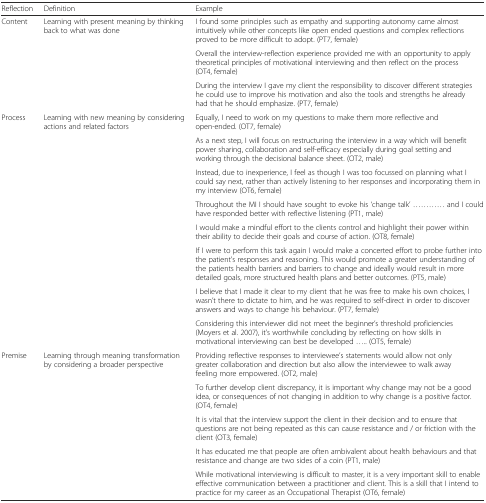
| Reflection | Definition | Example |
 | --- | --- | --- |
 | <ROWSPAN=3> Content | <ROWSPAN=3> Learning with present meaning by thinking back to what was done | I found some principles such as empathy and supporting autonomy came almost intuitively while other concepts like open ended questions and complex reflections proved to be more difficult to adopt. (PT7, female) |
 | Overall the interview-reflection experience provided me with an opportunity to apply theoretical principles of motivational interviewing and then reflect on the process (OT4, female) |
 | During the interview I gave my client the responsibility to discover different strategies he could use to improve his motivation and also the tools and strengths he already had that he should emphasize. (PT7, female) |
 | <ROWSPAN=8> Process | <ROWSPAN=8> Learning with new meaning by considering actions and related factors | Equally, I need to work on my questions to make them more reflective and open-ended. (OT7, female) |
 | As a next step, I will focus on restructuring the interview in a way which will benefit power sharing, collaboration and self-efficacy especially during goal setting and working through the decisional balance sheet. (OT2, male) |
 | Instead, due to inexperience, I feel as though I was too focussed on planning what I could say next, rather than actively listening to her responses and incorporating them in my interview (OT6, female) |
 | Throughout the MI I should have sought to evoke his ‘change talk’ ............ and I could have responded better with reflective listening (PT1, male) |
 | I would make a mindful effort to the clients control and highlight their power within their ability to decide their goals and course of action. (OT8, female) |
 | If I were to perform this task again I would make a concerted effort to probe further into the patient’s responses and reasoning. This would promote a greater understanding of the patients health barriers and barriers to change and ideally would result in more detailed goals, more structured health plans and better outcomes. (PT5, male) |
 | I believe that I made it clear to my client that he was free to make his own choices, I wasn’t there to dictate to him, and he was required to self-direct in order to discover answers and ways to change his behaviour. (PT7, female) |
 | Considering this interviewer did not meet the beginner’s threshold proficiencies (Moyers et al. 2007), it’s worthwhile concluding by reflecting on how skills in motivational interviewing can best be developed ..... (OT5, female) |
 | <ROWSPAN=5> Premise | <ROWSPAN=5> Learning through meaning transformation by considering a broader perspective | Providing reflective responses to interviewee’s statements would allow not only greater collaboration and direction but also allow the interviewee to walk away feeling more empowered. (OT2, male) |
 | To further develop client discrepancy, it is important why change may not be a good idea, or consequences of not changing in addition to why change is a positive factor. (OT4, female) |
 | It is vital that the interview support the client in their decision and to ensure that questions are not being repeated as this can cause resistance and / or friction with the client (OT3, female) |
 | It has educated me that people are often ambivalent about health behaviours and that resistance and change are two sides of a coin (PT1, male) |
 | While motivational interviewing is difficult to master, it is a very important skill to enable effective communication between a practitioner and client. This is a skill that I intend to practice for my career as an Occupational Therapist (OT6, female) |